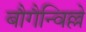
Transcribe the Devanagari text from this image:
बौगैन्विल्ले